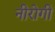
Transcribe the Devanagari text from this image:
नीरोगी